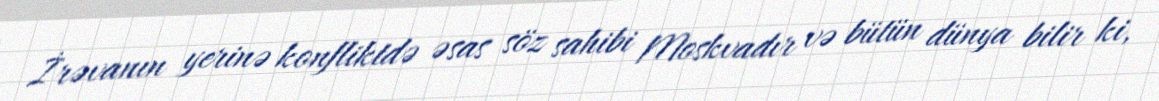
İrəvanın yerinə konfliktdə əsas söz sahibi Moskvadır və bütün dünya bilir ki,